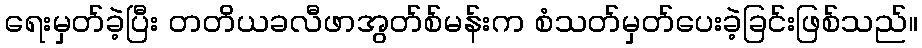
ရေးမှတ်ခဲ့ပြီး တတိယခလီဖာအွတ်စ်မန်းက စံသတ်မှတ်ပေးခဲ့ခြင်းဖြစ်သည်။